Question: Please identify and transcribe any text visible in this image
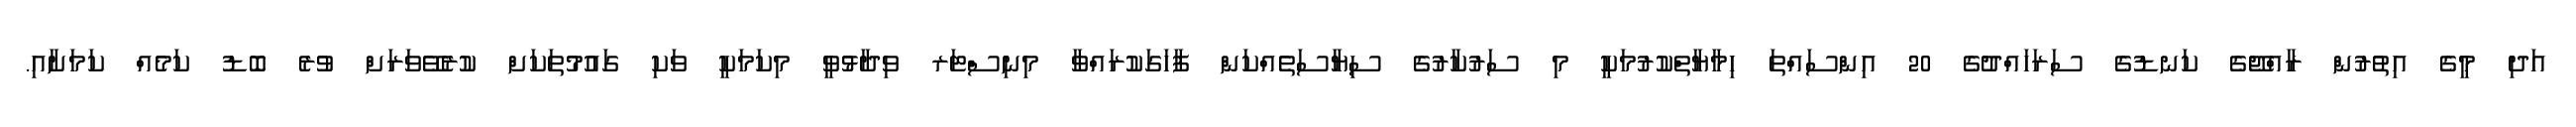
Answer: އަދި މީގެ އިތުރުން ރާއްޖޭގެ ކަނޑުގެ ސަރަހައްދުގެ 20 އިންސައްތަ ހިމާޔާތްކުރުމަކީ މި ސަރުކާރުގެ ސިޔާސަތެއްކަން ފާހަގަކުރައްވާ މިނިސްޓަރ ވިދާޅުވީ މިކަމަކީ ވަކި ގައުމުތަކަށް ކުރެވޭވަރަށް ވުރެ ބޮޑު ކަމެއް ކަމަށާއި.